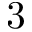
3